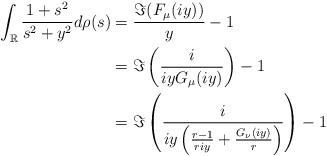
LaTeX: \begin{align*}\int_{\mathbb{R}} \frac{1 + s^{2}}{s^{2} + y^{2}} d\rho(s) & = \frac{\Im{(F_{\mu}(iy)})}{y} - 1 \\&= \Im \left( \frac{i}{iy G_{\mu}(iy) } \right) - 1 \\&= \Im \left( \frac{i}{iy\left( \frac{r-1}{riy} + \frac{G_{\nu}(iy)}{r} \right)} \right) - 1 \end{align*}